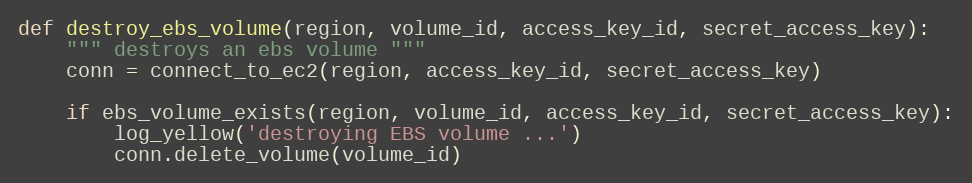
Language: Python
def destroy_ebs_volume(region, volume_id, access_key_id, secret_access_key):
    """ destroys an ebs volume """
    conn = connect_to_ec2(region, access_key_id, secret_access_key)

    if ebs_volume_exists(region, volume_id, access_key_id, secret_access_key):
        log_yellow('destroying EBS volume ...')
        conn.delete_volume(volume_id)